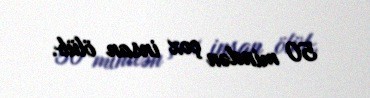
50 mindən çox insan ölüb.